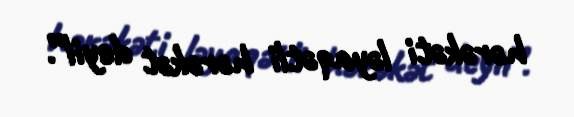
hərəkəti ləyaqətli hərəkət deyil”.